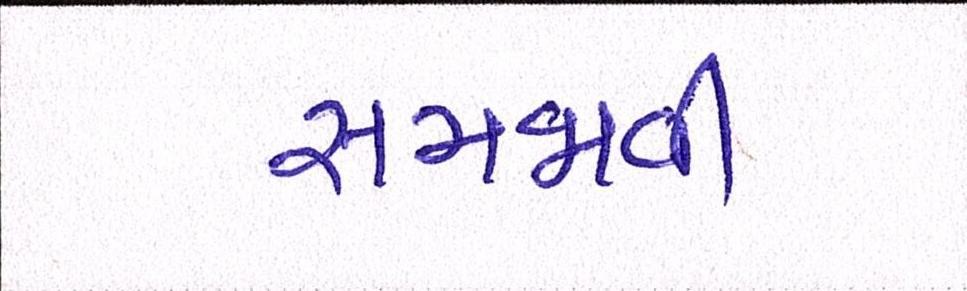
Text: સમજાવી